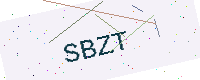
Text: SBZT